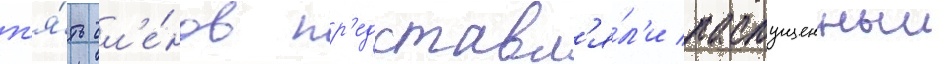
п'я́ть чл'е́нов пр'едставл'я́л'и распущенныи